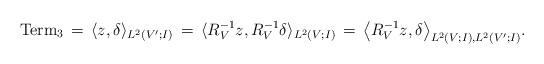
LaTeX: \begin{align*} {\rm Term}_3 \,=\, \langle z, \delta\rangle_{L^2(V';I)} \,=\, \langle R_V^{-1} z, R_V^{-1} \delta\rangle_{L^2(V;I)} \,=\, \big\langle R_V^{-1} z,\delta \big\rangle_{L^2(V;I),L^2(V';I)}.\end{align*}